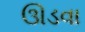
ઊડવા